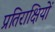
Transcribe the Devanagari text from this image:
प्रतिराक्षियों